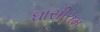
ઘાસીરામ